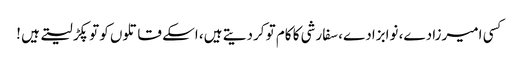
کسی امیرزادے، نوابزادے، سفارشی کا کام تو کردیتے ہیں، اسکے قاتلوں کو تو پکڑ لیتے ہیں !